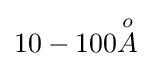
10-100{\overset {o}{A}}